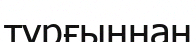
тұрғыннан